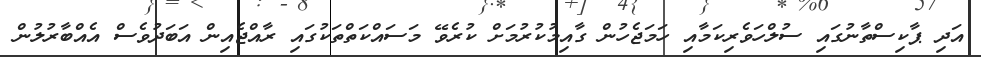
އަދި ޕާކިސްތާނުގައި ސުލްހަވެރިކަމާއި ހަމަޖެހުން ގާއިމުކުރުމަށް ކުރެވޭ މަސައްކަތްތަކުގައި ރާއްޖެއިން އަބަދުވެސް އެއްބާރުލުން